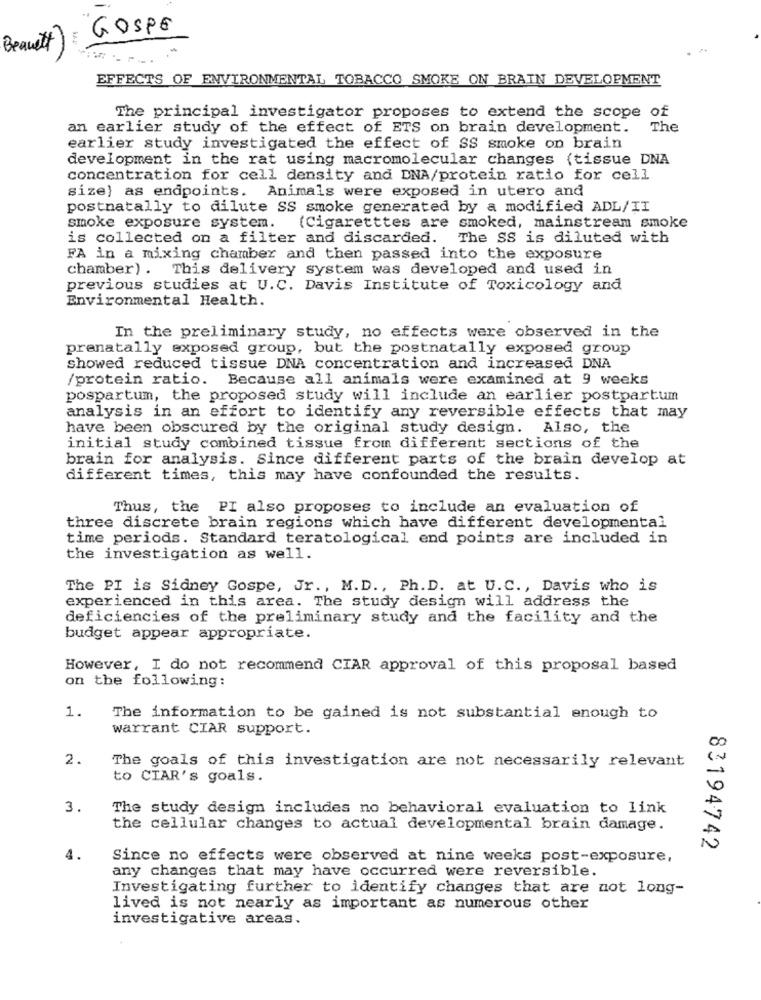
GOSPE
Beauett )
EFFECTS OF ENVIRONMENTAL TOBACCO SMOKE ON BRAIN DEVELOPMENT
The principal investigator proposes to extend the scope of
an earlier study of the effect of ETS on brain development.
The
earlier study investigated the effect of SS smoke on brain
development in the rat using macromolecular changes (tissue DNA
concentration for cell density and DNA/protein ratio for cell
size) as endpoints. Animals were exposed in utero and
postnatally to dilute SS smoke generated by a modified ADL/II
smoke exposure system.
(Cigaretttes are smoked, mainstream smoke
is collected on a filter and discarded. The SS is diluted with
FA in a mixing chamber and then passed into the exposure
chamber) . This delivery system was developed and used in
previous studies at U.C. Davis Institute of Toxicology and
Environmental Health.
In the preliminary study, no effects were observed in the
prenatally exposed group, but the postnatally exposed group
showed reduced tissue DNA concentration and increased DNA
/protein ratio. Because all animals were examined at 9 weeks
pospartum, the proposed study will include an earlier postpartum
analysis in an effort to identify any reversible effects that may
have been obscured by the original study design. Also, the
initial study combined tissue from different sections of the
brain for analysis. Since different parts of the brain develop at
different times, this may have confounded the results.
Thus, the PI also proposes to include an evaluation of
three discrete brain regions which have different developmental
time periods. Standard teratological end points are included in
the investigation as well.
The PI is Sidney Gospe, Jr. , M.D ., Ph. D. at U.C ., Davis who is
experienced in this area. The study design will address the
deficiencies of the preliminary study and the facility and the
budget appear appropriate.
However, I do not recommend CIAR approval of this proposal based
on the following:
1.
The information to be gained is not substantial enough to
warrant CIAR support.
2.
The goals of this investigation are not necessarily relevant
to CIAR's goals.
3.
The study design includes no behavioral evaluation to link
the cellular changes to actual developmental brain damage.
83194742
4.
Since no effects were observed at nine weeks post-exposure,
any changes that may have occurred were reversible.
Investigating further to identify changes that are not long-
lived is not nearly as important as numerous other
investigative areas.